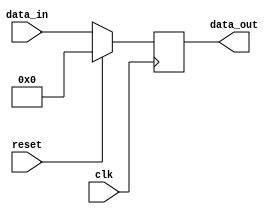
module synchronous_reset_example (
    input wire clk,          // Clock signal
    input wire reset,        // Synchronous reset signal
    input wire [7:0] data_in, // Example data input
    output reg [7:0] data_out // Example data output
);

// Internal state variable if needed (for demonstration purposes)
reg [7:0] internal_state;

// Always block triggered on the rising edge of the clock
always @(posedge clk) begin
    if (reset) begin
        // If reset is active, initialize outputs and internal state
        data_out <= 8'b0;       // Reset output to 0
        internal_state <= 8'b0; // Reset internal state to 0
    end else begin
        // Normal operation goes here
        // For example, updating the output from the data input
        data_out <= data_in;  // Simple data propogation
        internal_state <= data_in; // Update internal state
    end
end

endmodule